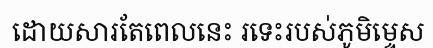
ដោយសារតែពេលនេះ រទេះរបស់ភូមិម្ទេស